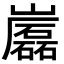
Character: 𡾷